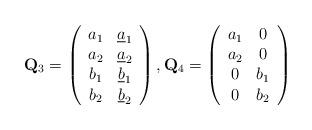
LaTeX: \begin{align*}\mathbf{Q}_3=\left(\begin{array}{cc}a_1 & \underline{a}_1\\a_2 & \underline{a}_2\\b_1 & \underline{b}_1\\b_2 & \underline{b}_2\end{array}\right),\mathbf{Q}_4=\left(\begin{array}{cc}a_1 & 0\\a_2 & 0\\0 & b_1\\0 & b_2\end{array}\right)\end{align*}